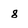
Character: 8